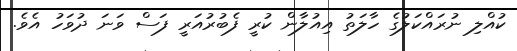
ކުއްލި ނުރައްކަލުގެ ހާލަތު އިއުލާން ކުރީ ފެބުރުއަރީ ފަސް ވަނަ ދުވަހު އެވެ.